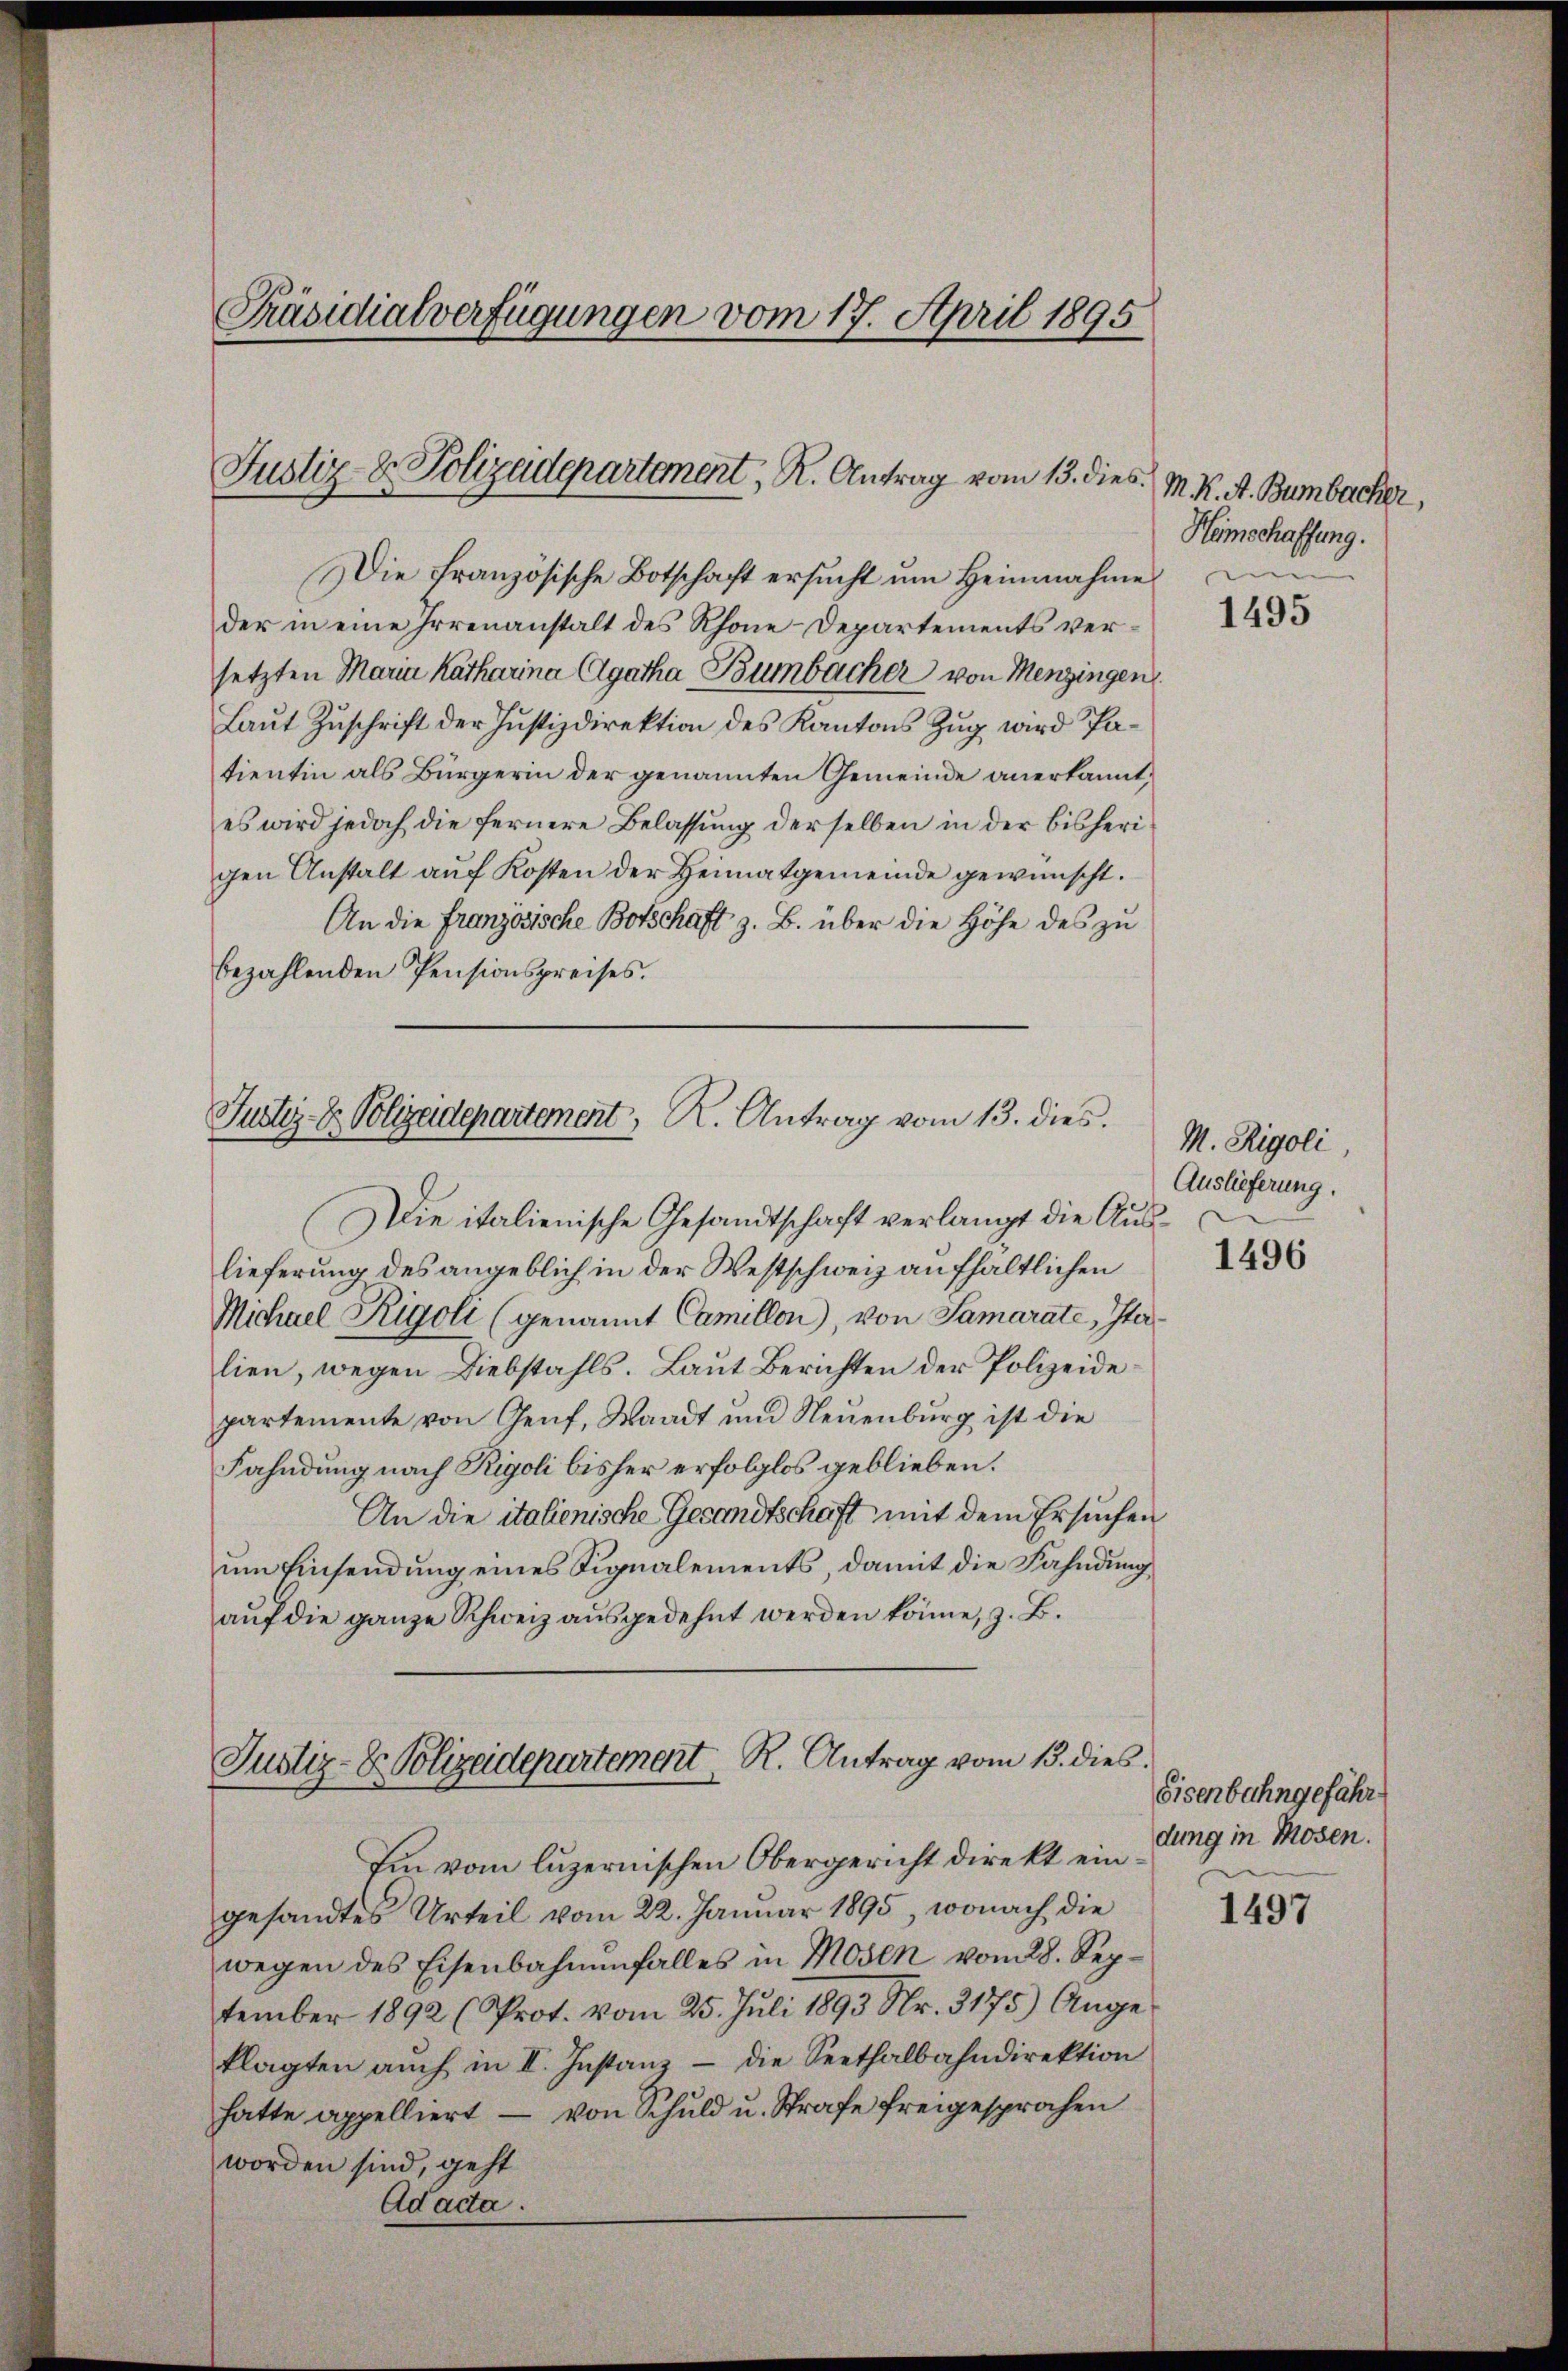
Die französische Botschaft ersucht um Heimahme
der in eine Irrenanstalt des Rhone-Departements versetzten Maria Katharina Agatha Bumbacher von Menzingen
Laut Zuschrift der Justizdirektion des Kantons Zug wird Patientin als Bürgerin der genannten Gemeinde anerkannt,
es wird jedoch die fernere Belassung derselben in der bisherigen Anstalt aŭf Kosten der Heimatgemeinde gewünscht.
An die Franzosische Botschaft z. B. über die Höhe des zu
bezahlenden Pensionspreises.

Präsidialverfügungen vom 17. April 1895

Justiz- & Polizadepartement, R. Antrag vom 13. dies

Justiz- & Polizeidepartement, R. Antrag vom 13. dies

Die italienische Gesandtschaft verlangt die Auslieferung des angeblich in der Westschweiz aufhaltlichen
Michael Rigoli (genannt Camillen), von Samarate, Italien, wegen Diebstahls. Laut Berichten der Polizeide
partemente von Genf, Waadt und Neuenburg ist die
Fahndung nach Rigoli bisher erfolglos geblieben.
An die italienische Gesandtschaft mit dem Ersuchen
um Einsendung eines Signalements, damit die Fahndung
aŭf die ganze Schweiz ausgedehnt werden könne, z. B.

Justiz- & Polizeidepartement. R. Antrag vom 13. dies.

Ein vom luzernischen Obergericht direkt eingesandtes Urteil vom 22. Januar 1895, wonach die
wegen des Eisenbahnenfalles in Moden vom 28. September 1892 (Prot. vom 25. Juli 1893 Nr. 3175) Ange-
klagten auch in II. Instanz – die Seethalbahndirektion
hatte appelliert - von Schuld u. Strafe freigesprochen
worden sind, geht
Adacta.

M. K. A. Bumbacher,
Heimschaffung.

1495

M. Rigoli,
Auslieferung.
1496

Eisenbahngefähr
dung in Mosen.

1497